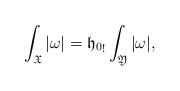
LaTeX: \begin{align*}\int_{\mathfrak X}|\omega|= {\mathfrak h_0}_!\int_{\mathfrak Y}|\omega|, \end{align*}